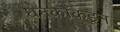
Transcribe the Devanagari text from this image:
धनकोंकडून